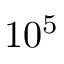
1 0 ^ { 5 }